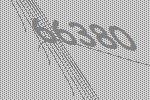
66380